Indian Civil Veterinary Department memoirs
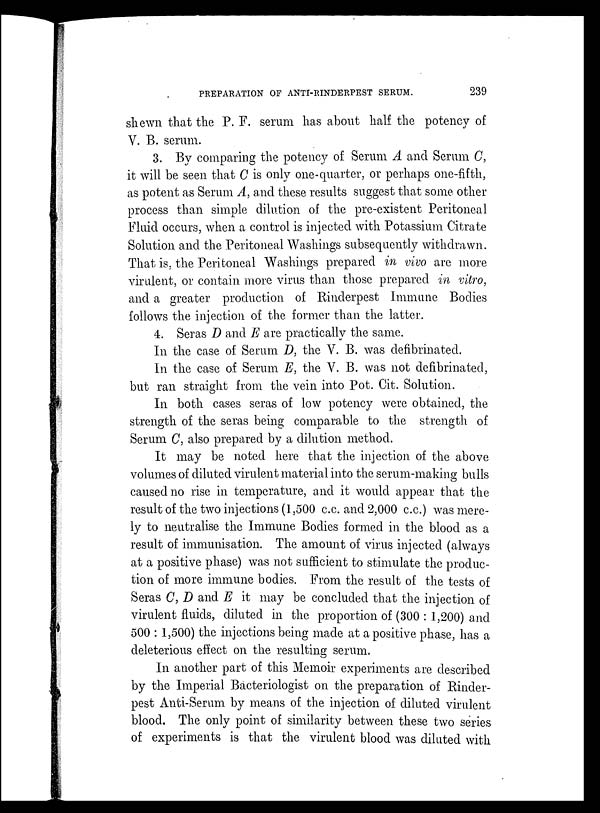
PREPARATION OF ANTI-RINDERPEST SERUM.
239
shewn that the P. F. serum has about half the potency of
V. B. serum.
3. By comparing the potency of Serum A and Serum C,
it will be seen that C is only one-quarter, or perhaps one-fifth,
as potent as Serum A, and these results suggest that some other
process than simple dilution of the pre-existent Peritoneal
Fluid occurs, when a control is injected with Potassium Citrate
Solution and the Peritoneal Washings subsequently withdrawn.
That is. the Peritoneal Washings prepared in vivo are more
virulent, or contain more virus than those prepared in vitro,
and a greater production of Rinderpest Immune Bodies
follows the injection of the former than the latter.
4. Seras D and E are practically the same.
In the case of Serum D, the V. B. was defibrinated.
In the case of Serum E, the V. B. was not defibrinated,
but ran straight from the vein into Pot. Cit. Solution.
In both cases seras of low potency were obtained, the
strength of the seras being comparable to the strength of
Serum C, also prepared by a dilution method.
It may be noted here that the injection of the above
volumes of. diluted virulent material into the serum-making bulls
caused no rise in temperature, and it would appear that the
result of the two injections (1,500 c.c. and 2,000 c.c.) was mere-
ly to neutralise the Immune Bodies formed in the blood as a
result of immunisation. The amount of virus injected (always
at a positive phase) was not sufficient to stimulate the produc-
tion of more immune bodies. From the result of the tests of
Seras C, D and E it may be concluded that the injection of
virulent fluids, diluted in the proportion of (300 : 1,200) and
500 : 1,500) the injections being made at a positive phase, has a
deleterious effect on the resulting serum.
In another part of this Memoir experiments are described
by the Imperial Bacteriologist on the preparation of Rinder-
pest Anti-Serum by means of the injection of diluted virulent
blood. The only point of similarity between these two series
of experiments is that the virulent blood was diluted with